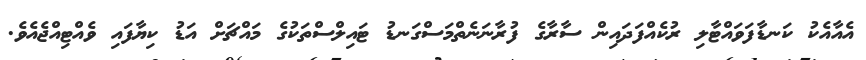
އެއާއެކު ކަނޑާފަވައްޓާލި ރުކެއްފަދައިން ސާރާގެ ފުރާނަނެތްމަސްގަނޑު ޓައިލްސްތަކުގެ މައްޗަށް އަޑު ކިޔާފައި ވެއްޓިއްޖެއެވެ.